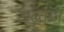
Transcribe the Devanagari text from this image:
अल्तान